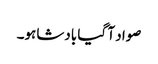
صواد آ گیا بادشاہو۔